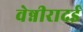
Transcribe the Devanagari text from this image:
वेन्नीरादई